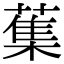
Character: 𦺴